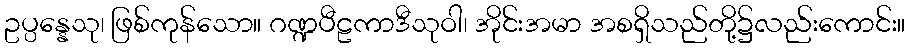
ဥပ္ပန္နေသု၊ ဖြစ်ကုန်သော။ ဂဏ္ဍပီဠကာဒီသုဝါ၊ အိုင်းအမာ အစရှိသည်တို့၌လည်းကောင်း။